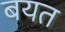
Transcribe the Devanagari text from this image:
बयत